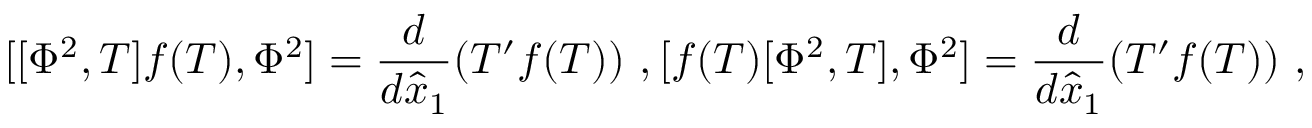
[ [ \Phi ^ { 2 } , T ] f ( T ) , \Phi ^ { 2 } ] = \frac { d } { d \hat { x } _ { 1 } } ( T ^ { \prime } f ( T ) ) \ , [ f ( T ) [ \Phi ^ { 2 } , T ] , \Phi ^ { 2 } ] = \frac { d } { d \hat { x } _ { 1 } } ( T ^ { \prime } f ( T ) ) \ ,